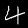
Digit: 4